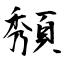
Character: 頺